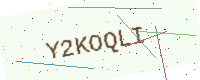
Text: Y2KOQLI